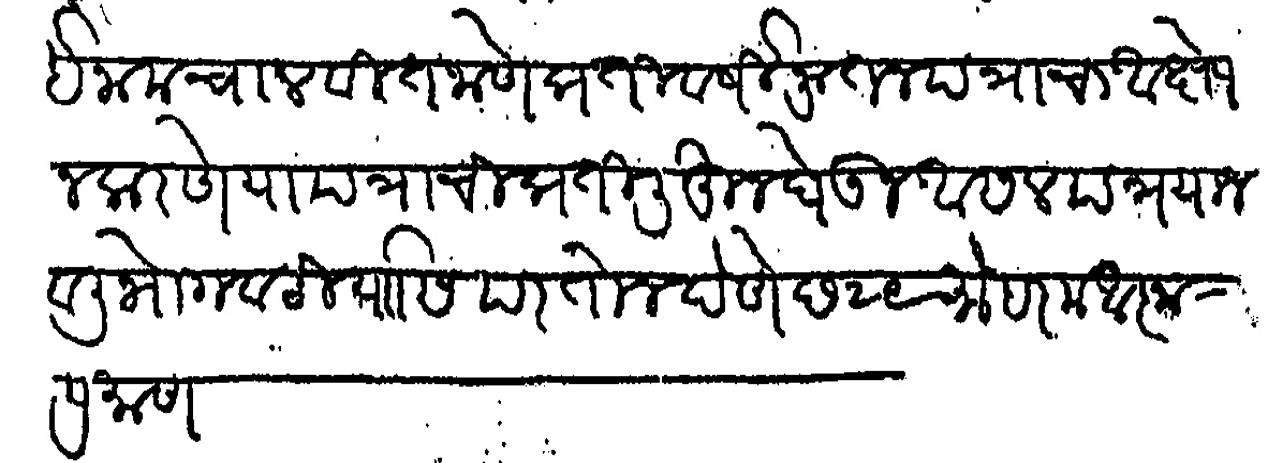
Transliteration (Devanagari): ईनाम चालवीत जाणे प्रतीवर्षी नविन पत्राचा आक्षेप न करणे या पत्राची प्रती लेहुन घेऊन असल पत्र याजवली भोगवटीयास परतोन देणे छ २९ मोहरम आज्ञा प्रमाण